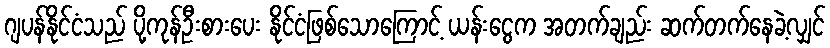
ဂျပန်နိုင်ငံသည် ပို့ကုန်ဦးစားပေး နိုင်ငံဖြစ်သောကြောင့် ယန်းငွေက အတက်ချည်း ဆက်တက်နေခဲ့လျှင်